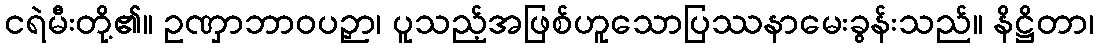
ငရဲမီးတို့၏။ ဥဏှာဘာဝပဉှာ၊ ပူသည့်အဖြစ်ဟူသောပြဿနာမေးခွန်းသည်။ နိဋ္ဌိတာ၊